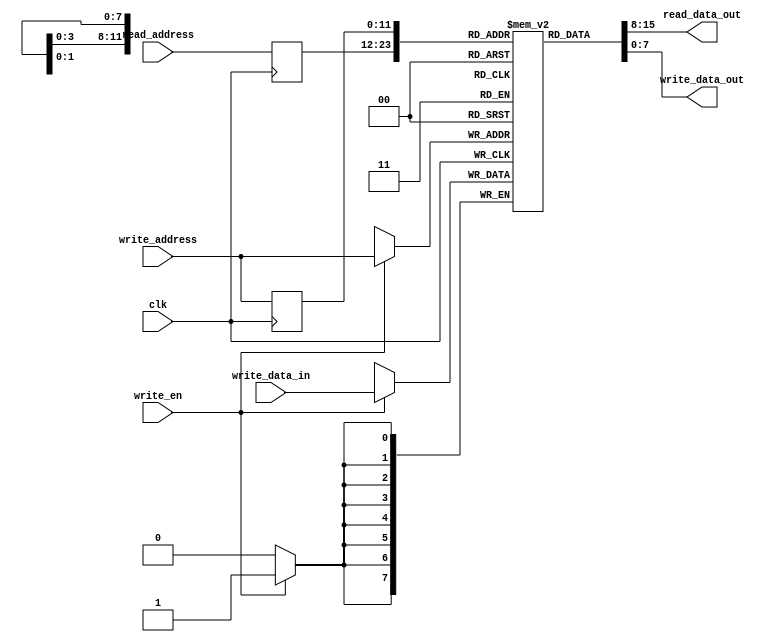
module sync_dual_port_ram
	
	
	#( parameter ADDRESS_WIDTH = 12, // number of words in ram
                     DATA_WIDTH    =  8  // number of bits in word
	 )
	
	// IO ports
	(
		input wire clk,                                             // clk for synchronous read/write 
		input wire write_en,                                        // signal to enable synchronous write
		input wire [ADDRESS_WIDTH-1:0] read_address, write_address, // inputs for dual port addresses
		input wire [DATA_WIDTH-1:0] write_data_in,                  // input for data to write to ram
		output wire [DATA_WIDTH-1:0] read_data_out, write_data_out  // outputs for dual data ports
	);
	
	// internal signal declarations
	reg [DATA_WIDTH-1:0] ram [2**ADDRESS_WIDTH-1:0];             // ADDRESS_WIDTH x DATA_WIDTH RAM declaration
	reg [ADDRESS_WIDTH-1:0] read_address_reg, write_address_reg; // dual port address declarations
	
	// synchronous write and address update
	always @(posedge clk)
		begin
		if (write_en)  							 // if write enabled
		   ram[write_address] <= write_data_in; // write data to ram and write_address 
		    
                read_address_reg  <= read_address;      // store read_address to reg
	        write_address_reg <= write_address;     // store write_address to reg
	        end
	
	// assignments for two data out ports
	assign read_data_out  = ram[read_address_reg];
	assign write_data_out = ram[write_address_reg];
endmodule